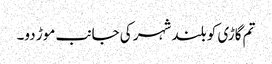
تم گاڑی کو بلند شہر کی جانب موڑ دو۔